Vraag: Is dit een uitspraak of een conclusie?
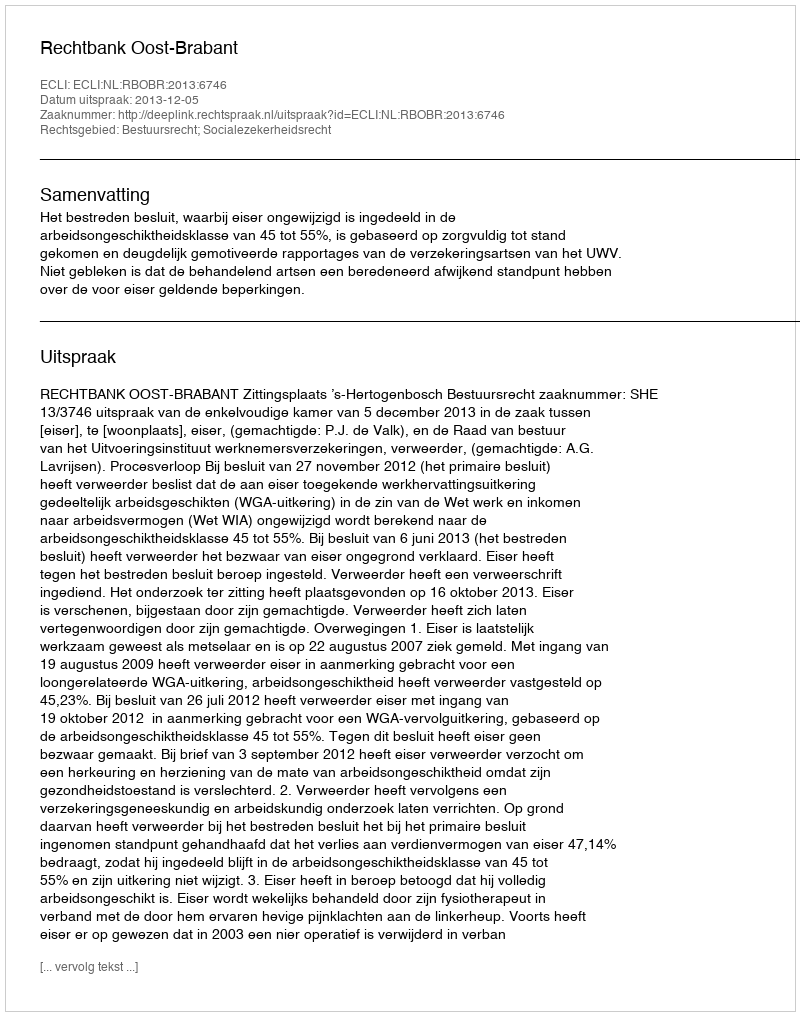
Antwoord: Uitspraak